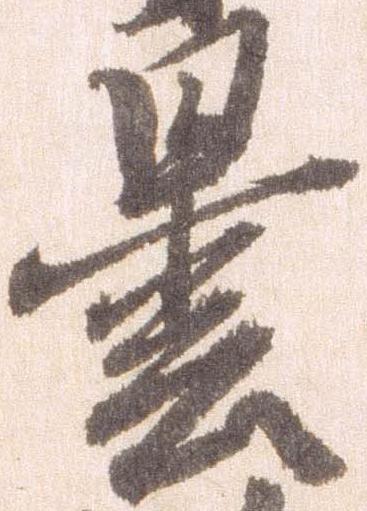
曇